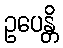
ဥပေန္တိ